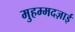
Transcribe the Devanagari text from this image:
मुहम्मदज़ाई